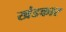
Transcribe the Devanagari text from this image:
खंडकार